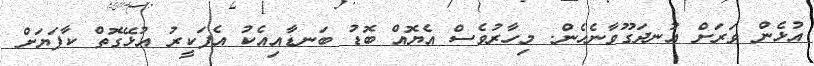
އުޅެން ވަރަށް އުނދަގޫވާނެހެން. މިހާރުވެސް އެޔޮއް ބޮޑު ބަނޑާއިއެކު އެފަކީރު އުޅޭގޮތް ކާފަޔަށް